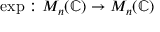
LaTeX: \exp : M _ { n } ( \mathbb { C } ) \to M _ { n } ( \mathbb { C } )